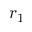
r _ { 1 }